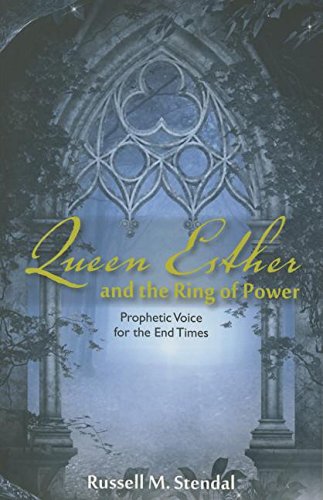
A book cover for Queen Esther and the Ring of Power: Prophetic Voice for the End Times; Russell M. Stendal; Christian Books & Bibles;